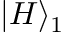
| H \rangle _ { 1 }